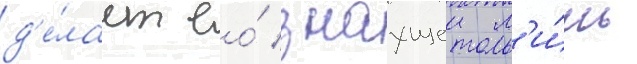
д'е́лает ео́ знаущеи л'и́шь